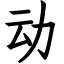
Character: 动